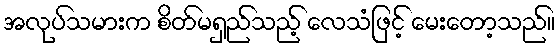
အလုပ်သမားက စိတ်မရှည်သည့် လေသံဖြင့် မေးတော့သည်။